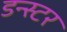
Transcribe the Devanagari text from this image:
डन्स्टर